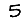
Digit: 5